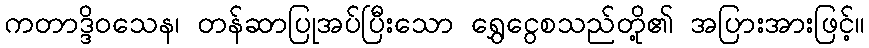
ကတာဒ္ဒိဝသေန၊ တန်ဆာပြုအပ်ပြီးသော ရွှေငွေစသည်တို့၏ အပြားအားဖြင့်။